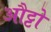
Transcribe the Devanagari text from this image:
औट्टो